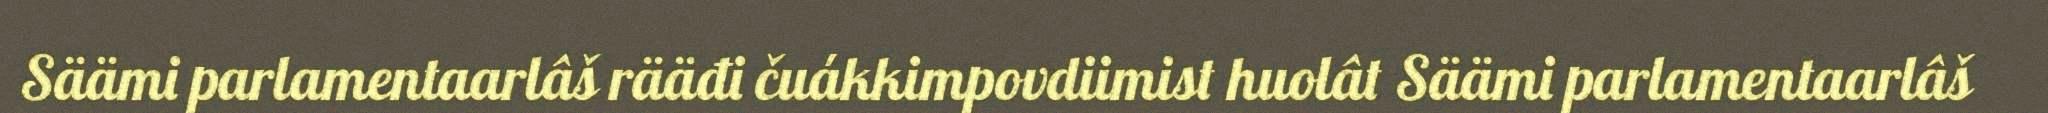
Säämi parlamentaarlâš rääđi čuákkimpovdiimist huolât Säämi parlamentaarlâš